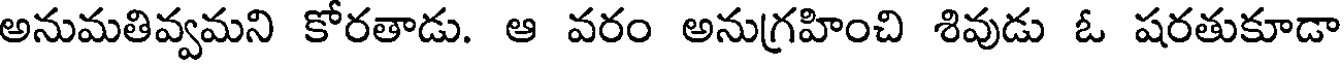
అనుమతివ్వమని కోరతాడు. ఆ వరం అనుగ్రహించి శివుడు ఓ షరతుకూడా